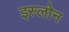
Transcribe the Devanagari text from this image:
इस्लोन